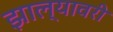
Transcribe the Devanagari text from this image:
झाल्यावरी